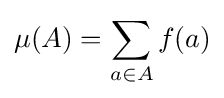
\mu (A)=\sum _{a\in A}f(a)